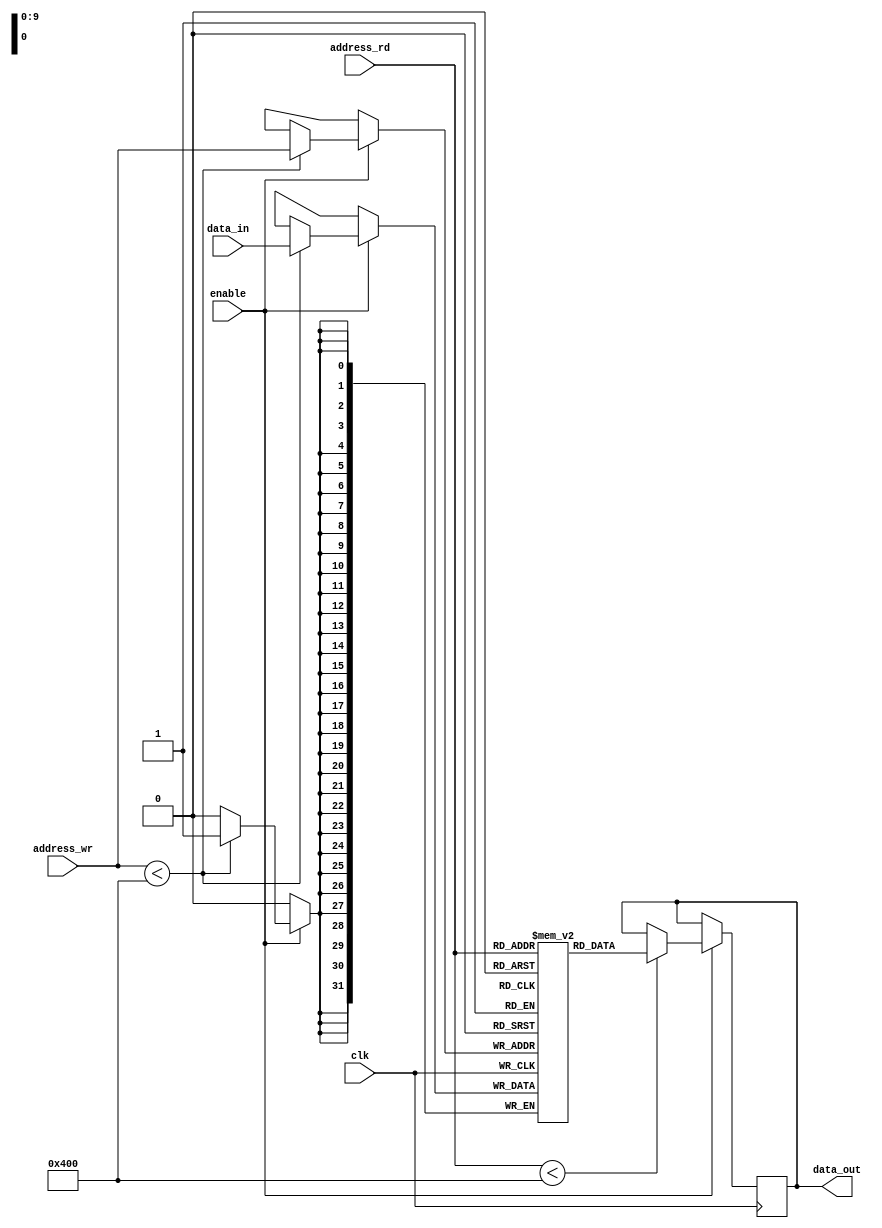
module dual_port_ram (
    input wire clk,
    input wire enable,
    input wire [9:0] address_rd,
    input wire [9:0] address_wr,
    input wire [31:0] data_in,
    output reg [31:0] data_out
);

reg [31:0] memory [0:1023];

always @(posedge clk) begin
    if (enable) begin
        if (address_rd < 1024) begin
            data_out <= memory[address_rd];
        end
        if (address_wr < 1024) begin
            memory[address_wr] <= data_in;
        end
    end
end

endmodule